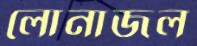
লোনাজল